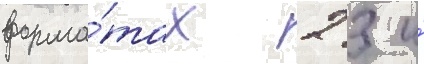
форма́тах 2 3 и́